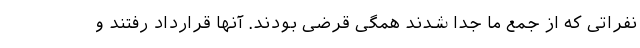
نفراتی که از جمع ما جدا شدند همگی قرضی بودند. آنها قرارداد رفتند و